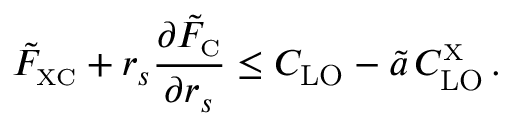
\tilde { F } _ { \scriptscriptstyle \mathrm { X C } } + r _ { s } \frac { \partial \tilde { F } _ { \scriptscriptstyle \mathrm { C } } } { \partial r _ { s } } \leq C _ { \mathrm { L O } } - \tilde { a } \, C _ { \mathrm { L O } } ^ { _ { \scriptscriptstyle \mathrm { X } } } \, .